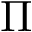
\Pi